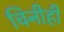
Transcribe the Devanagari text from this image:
चिनीही